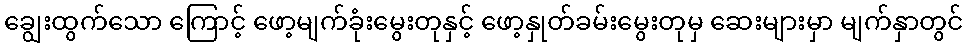
ချွေးထွက်သော ကြောင့် ဖော့မျက်ခုံးမွေးတုနှင့် ဖော့နှုတ်ခမ်းမွေးတုမှ ဆေးများမှာ မျက်နှာတွင်